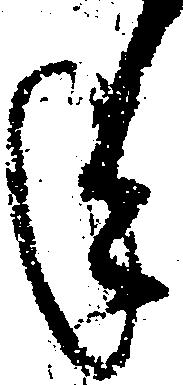
年